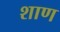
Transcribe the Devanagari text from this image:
शाण